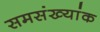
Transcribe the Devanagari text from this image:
समसंख्यांक